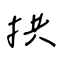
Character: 拱